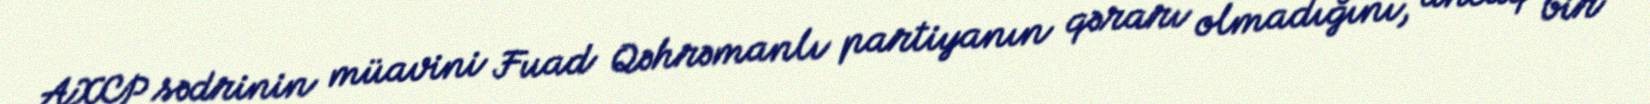
AXCP sədrinin müavini Fuad Qəhrəmanlı partiyanın qərarı olmadığını, ancaq bir